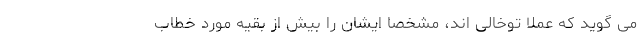
می گوید که عملاً توخالی اند، مشخصاً ایشان را بیش از بقیه مورد خطاب